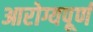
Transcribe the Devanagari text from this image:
आरोग्यपूर्ण